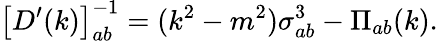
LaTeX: \big[D^{\prime}(k)\big]_{ab}^{-1}=(k^{2}-m^{2})\sigma_{ab}^{3}-\Pi_{ab}(k).